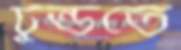
ঢুন্ডতে